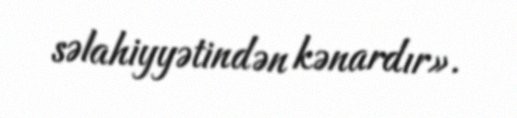
səlahiyyətindən kənardır».